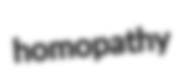
homopathy